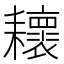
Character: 耲